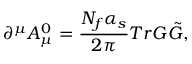
\partial ^ { \mu } A _ { \mu } ^ { 0 } = \frac { N _ { f } \alpha _ { s } } { 2 \pi } T r { \cal G } { \tilde { \cal G } } ,